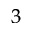
^ 3